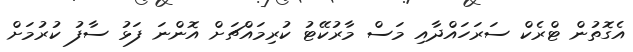
އެގޮތުން ޓްރެކް ސަރަހައްދާއި މަސް މާރުކޭޓު ކުރިމައްޗަށް އޮންނަ ފަޅު ސާފު ކުރުމަށް